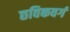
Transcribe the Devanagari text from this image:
छविकवर्ग